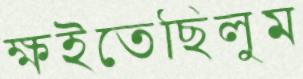
ক্ষইতেছিলুম